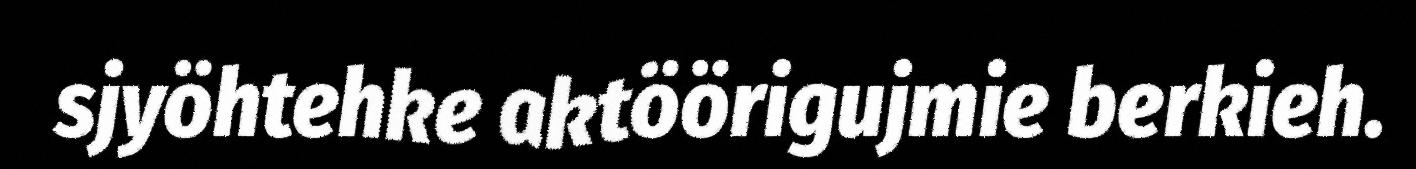
sjyöhtehke aktöörigujmie berkieh.